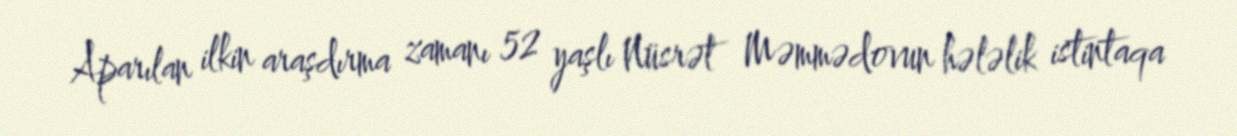
Aparılan ilkin araşdırma zamanı 52 yaşlı Nüsrət Məmmədovun hələlik istintaqa